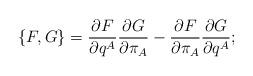
LaTeX: \begin{align*}\{F, G \} = \frac{\partial F}{\partial q^A}\frac{\partial G}{\partial \pi_A} - \frac{\partial F}{\partial \pi_A}\frac{\partial G}{\partial q^A};\end{align*}